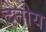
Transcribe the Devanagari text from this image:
देतोय